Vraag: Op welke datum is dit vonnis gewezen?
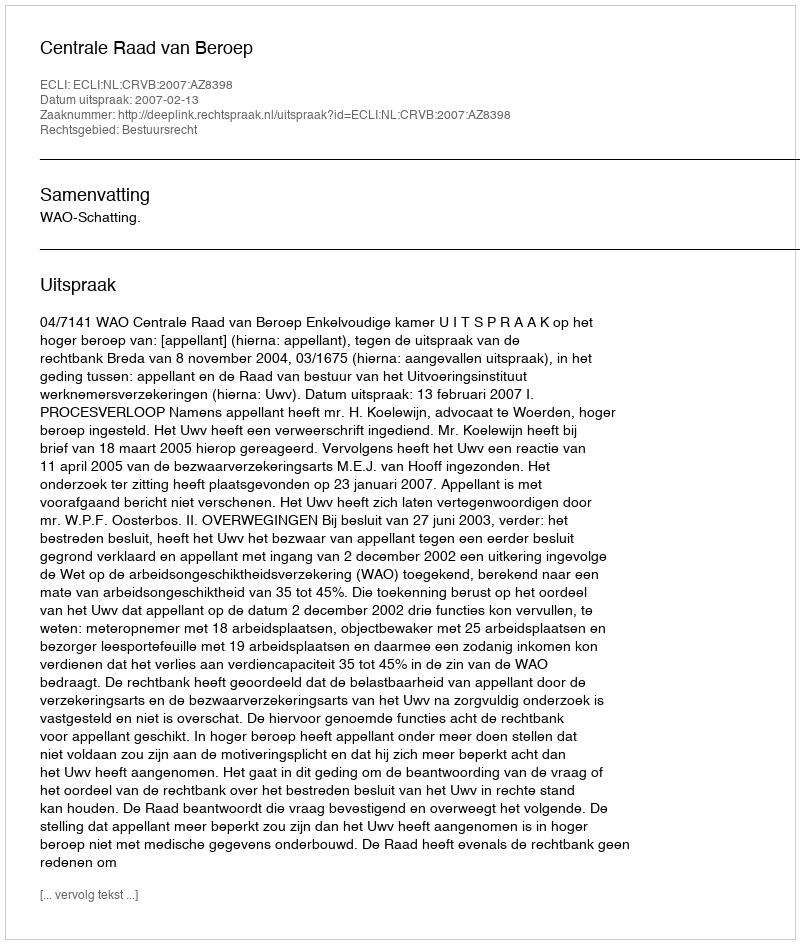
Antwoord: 2007-02-13